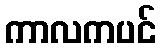
ကာလကပင်